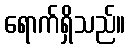
ရောက်ရှိသည်။